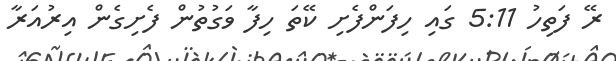
ރޭ ފަތިހު 5:11 ގައި ހިފަންފެށި ކޭތަ ހިފާ ވަގުތުން ފެށިގެން އިރުއަރާ